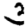
Digit: 3